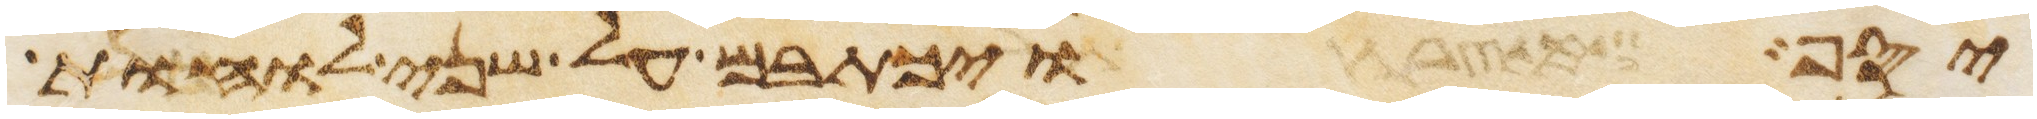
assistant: יסף ויכתבם על שני לוחת